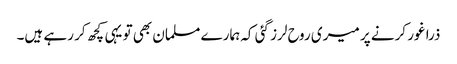
ذرا غور کرنے پر میری روح لرز گئی کہ ہمارے مسلمان بھی تو یہی کچھ کر رہے ہیں۔